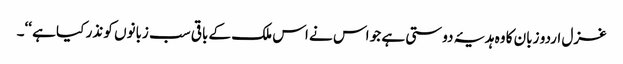
غزل اردو زبان کا وہ ہدیۂ دوستی ہے جو اس نے اس ملک کے باقی سب زبانوں کو نذر کیا ہے ‘‘۔